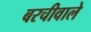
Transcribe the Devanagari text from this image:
बरचीवाले